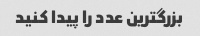
بزرگترین عدد را پیدا کنید